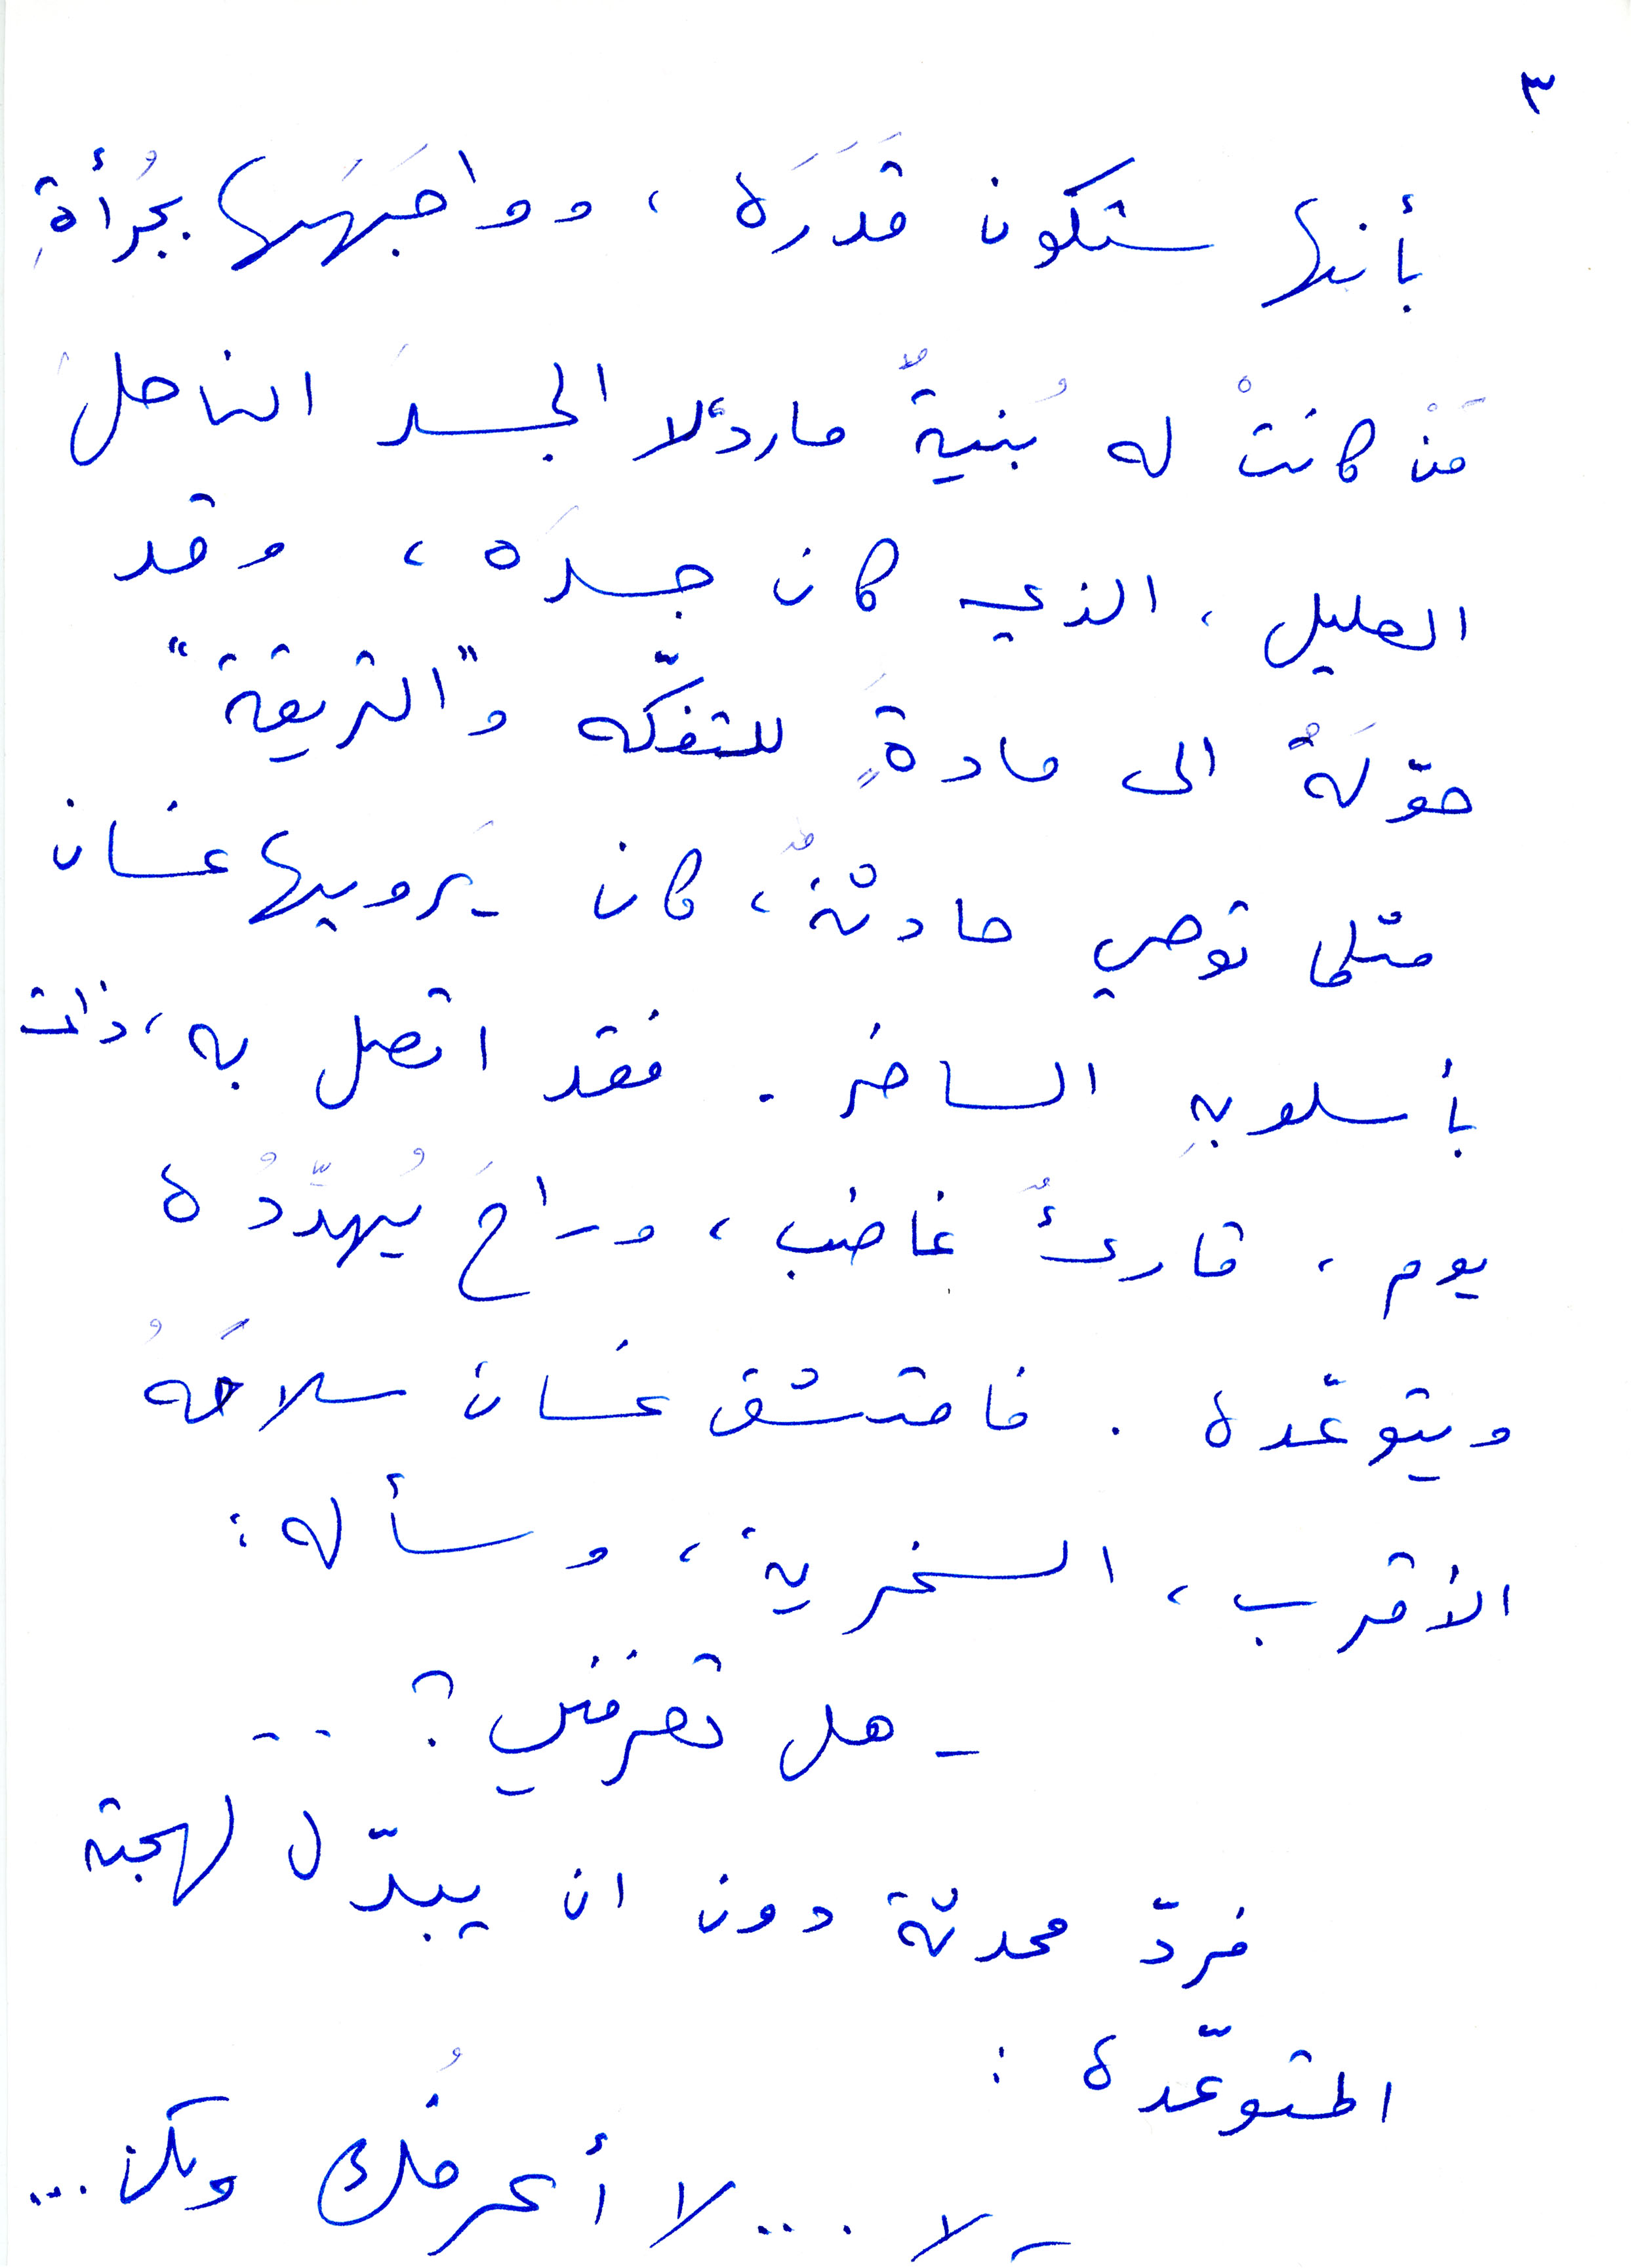
بأنها سكون قدرة، وواجهها بجرأة
من كانت له بنية مارد، لا الجسد الناحل
العليل، الذي كان جسده، وقد
حوّله الى مادة للتفكّه و"التريقة"
مثلما توصي حادثة، كان يرويها غسان
بأسلوبه الساخر. فقد اتصل به، ذات
يوم، قارئ غاضب، وراح يهدده
ويتوّعده. فامتشق غسان سلاحَه
الأقرب، السخرية، وسأله:
هل تعرفني؟
فردّ محدته دون ان يبدّل لهجته
المتوعّدة:
لا... لا أعرفك ولكن...